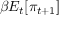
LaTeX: \beta E _ { t } [ \pi _ { t + 1 } ]